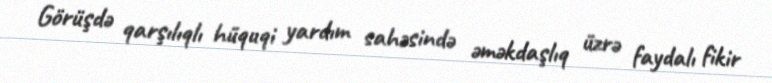
Görüşdə qarşılıqlı hüquqi yardım sahəsində əməkdaşlıq üzrə faydalı fikir